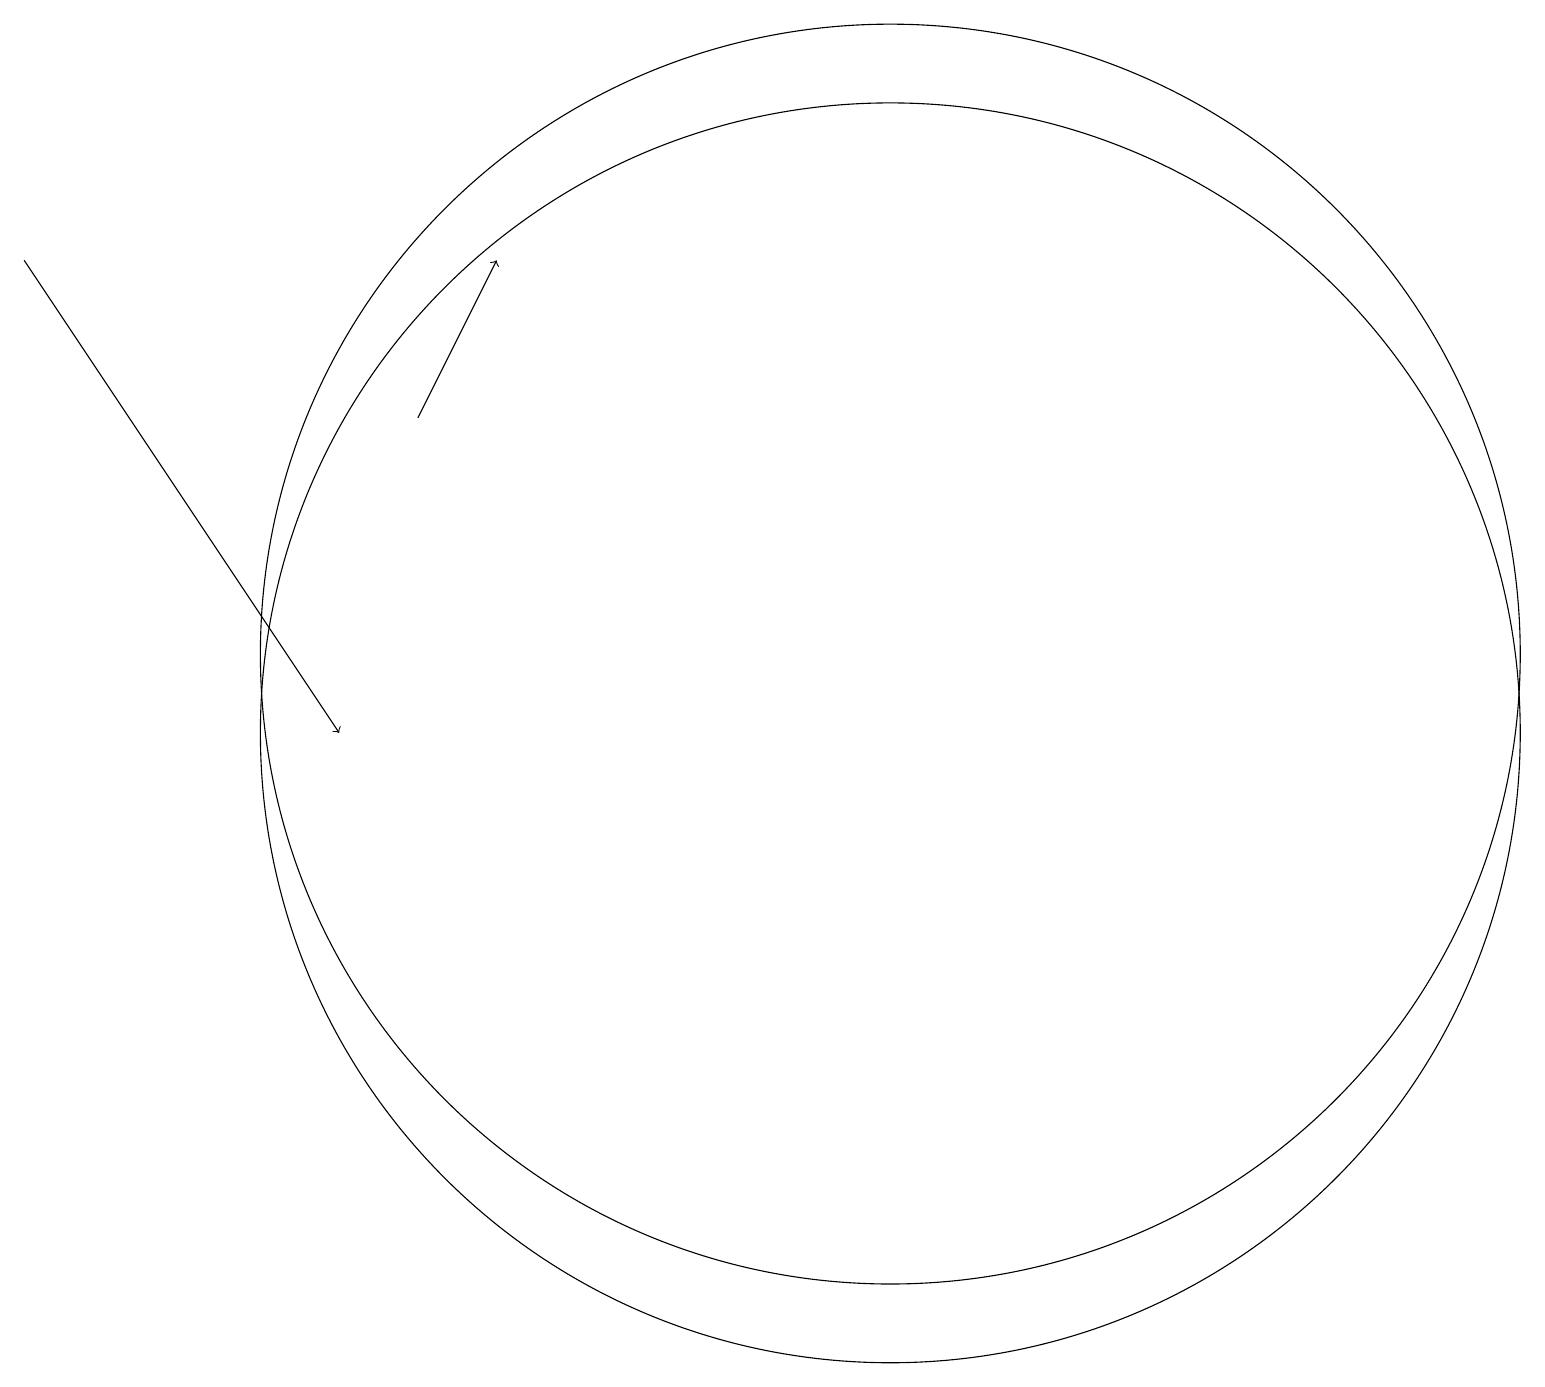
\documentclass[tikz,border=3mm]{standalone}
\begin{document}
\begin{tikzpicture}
\draw (11,10) circle (8);
\draw (11,11) circle (8);
\draw[->] (0,16) -- (4,10);
\draw[->] (5,14) -- (6,16);
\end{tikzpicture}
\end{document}